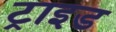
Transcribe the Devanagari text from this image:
ट्राइड